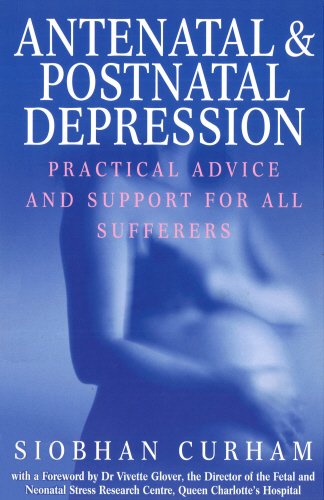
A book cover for Antenatal & Postnatal Depression; Siobhan Curham; Health, Fitness & Dieting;